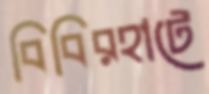
বিবিরহাটে